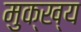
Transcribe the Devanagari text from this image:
मुक्ख्य